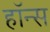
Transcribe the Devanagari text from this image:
हॉन्स